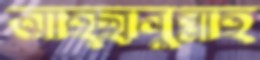
আহ্ছানুল্লাহ